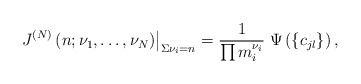
\begin{align*}\left. \; J^{(N)}\left(n; \nu_1, \ldots , \nu_N \right)\right|_{\Sigma\nu_i=n}= \frac{1}{\prod m_i^{\nu_i}} \;\Psi\left(\left\{ c_{jl} \right\}\right) ,\end{align*}